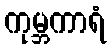
ကုမ္ဘကာရံ